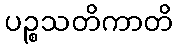
ပဉ္စသတိကာတိ